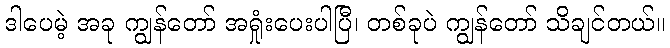
ဒါပေမဲ့ အခု ကျွန်တော် အရှုံးပေးပါပြီ၊ တစ်ခုပဲ ကျွန်တော် သိချင်တယ်။